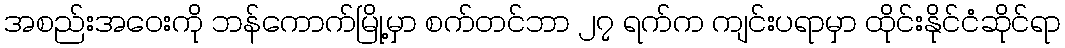
အစည်းအဝေးကို ဘန်ကောက်မြို့မှာ စက်တင်ဘာ ၂၇ ရက်က ကျင်းပရာမှာ ထိုင်းနိုင်ငံဆိုင်ရာ